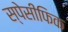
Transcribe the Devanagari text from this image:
स्पेसीफिक